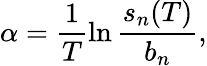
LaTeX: \alpha=\frac{1}{T}\ln{\frac{s_{n}(T)}{b_{n}}},